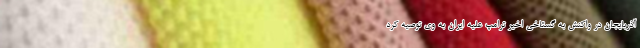
آذربایجان در واکنش به گستاخی اخیر ترامپ علیه ایران به وی توصیه کرد